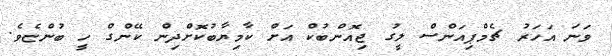
ވަނަ އަހަރު ޗެމްޕިއަންސް ލީގު ޖިއޮންބުކް އަށް ކާމިޔާބުކޮށްދިން ކޭންގް ހީ ބުންޏެވެ.